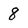
Character: 8